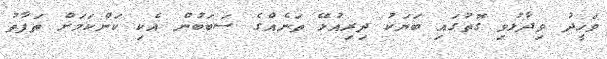
ވަހީދު ވިދާޅުވި ގޮތުގައި ބަޔަކު ދިރިއުޅޭ ތަނެއްގެ ސަބަބުން އެކި ކަންކަމަށް ތަފާތު